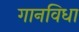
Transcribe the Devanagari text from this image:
गानविधा